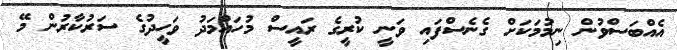
އެއްބަސްވުން ނިމުމަކަށް ގެނެސްފައި ވަނީ ކުރީގެ ރައީސް މުހައްމަދު ވަހީދުގެ ސަރުކާރުން މޭ